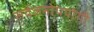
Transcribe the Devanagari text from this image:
सर्वजनाेपयाेगी